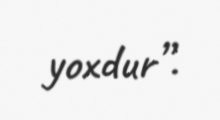
yoxdur”.